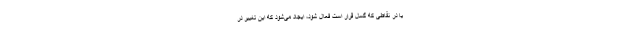
یا در نقاطی که گسل قرار است فعال شود، ایجاد می‌شود که این تغییر در